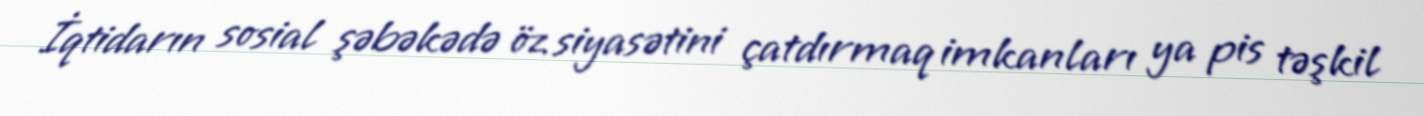
İqtidarın sosial şəbəkədə öz siyasətini çatdırmaq imkanları ya pis təşkil